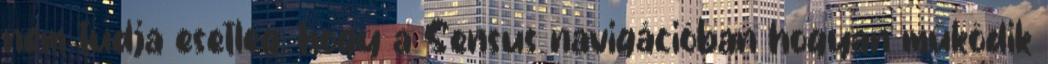
nem tudja esetleg, hogy a Sensus navigációban hogyan működik